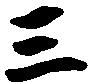
三